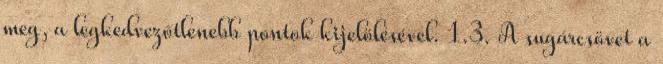
meg, a legkedvezõtlenebb pontok kijelölésével. 1.3. A sugárcsövet a